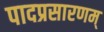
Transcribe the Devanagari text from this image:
पादप्रसारणम्